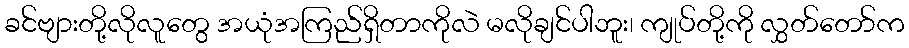
ခင်ဗျားတို့လိုလူတွေ အယုံအကြည်ရှိတာကိုလဲ မလိုချင်ပါဘူး၊ ကျုပ်တို့ကို လွှတ်တော်က